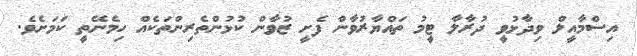
އިސްމާއީލް ވިދާޅުވީ ދުރާލާ ޓީމު ތައްޔާރުވާން ފެށީ ޒުވާން ކުޅުންތެރިންތަކެއް ހިމެނޭތީ ކަމަށެވެ.